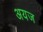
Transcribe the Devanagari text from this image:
अयज